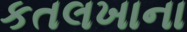
કતલખાના